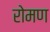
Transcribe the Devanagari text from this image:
रोमण